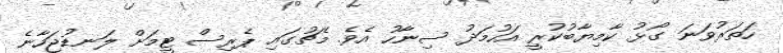
ހަތަރުވަނަ ގޯޅު ކާމިޔާބުކުރީ އަހުމަދު ސިނާހު އެވެ. މެޗުގައި ޕެރިސް ޓީމަށް ލަނޑުޖަހާނެ